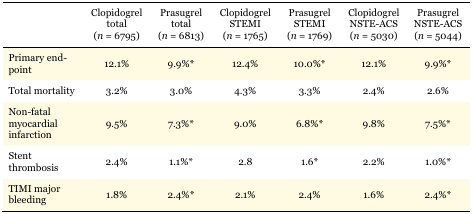
<table><thead><tr><td>[EMPTY_CELL]</td><td><b>Clopidogrel total (<i>n</i>= 6795)</b></td><td><b>Prasugrel total (<i>n</i>= 6813)</b></td><td><b>Clopidogrel STEMI (<i>n</i>= 1765)</b></td><td><b>Prasugrel STEMI (<i>n</i>= 1769)</b></td><td><b>Clopidogrel NSTE-ACS (<i>n</i>= 5030)</b></td><td><b>Prasugrel NSTE-ACS (<i>n</i>= 5044)</b></td></tr></thead><tbody><tr><td>Primary end-point</td><td>12.1%</td><td>9.9%*</td><td>12.4%</td><td>10.0%*</td><td>12.1%</td><td>9.9%*</td></tr><tr><td>Total mortality</td><td>3.2%</td><td>3.0%</td><td>4.3%</td><td>3.3%</td><td>2.4%</td><td>2.6%</td></tr><tr><td>Non-fatal myocardial infarction</td><td>9.5%</td><td>7.3%*</td><td>9.0%</td><td>6.8%*</td><td>9.8%</td><td>7.5%*</td></tr><tr><td>Stent thrombosis</td><td>2.4%</td><td>1.1%*</td><td>2.8</td><td>1.6*</td><td>2.2%</td><td>1.0%*</td></tr><tr><td>TIMI major bleeding</td><td>1.8%</td><td>2.4%*</td><td>2.1%</td><td>2.4%</td><td>1.6%</td><td>2.4%*</td></tr></tbody></table>